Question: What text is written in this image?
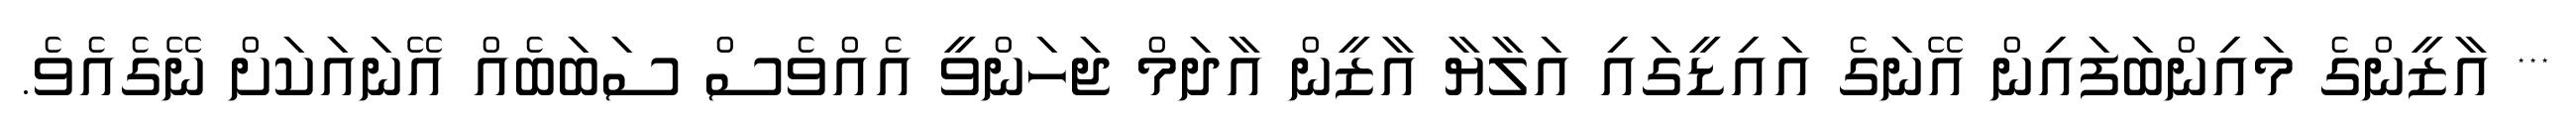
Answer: *** އާޒީންގެ މައިންބަފައިން އޭނަގެ އައިޑީގައި އަލާޔާ އާޒީން އާދަމް ޖަހަންވީ އެއްވެސް ސަބަބެއް އޭނައަކަށް ނޭގެއެވެ.